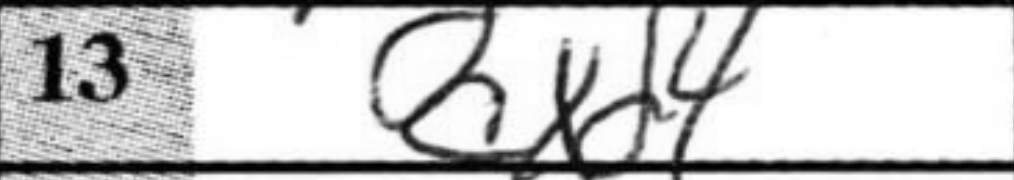
Transcription: cxd4